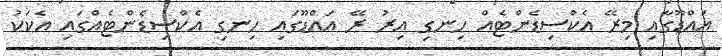
އައްޑޫގާއި މިރޭ އެކްސިޑެންޓެއް ހިނގި އިރު ރޭ އައްޑޫގައި ހިނގި އެކްސިޑެންޓެއްގައި އެކަކު